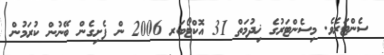
ސެންޓަރެވެ. މިސެންޓަރުގެ ޚިދުމަތް 31 އޮކްޓޯބަރ 2006 ން ފެށިގެން ބޭނުން ކުރަމުން